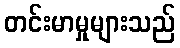
တင်းမာမှုများသည်